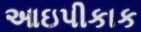
આઇપીકાક